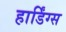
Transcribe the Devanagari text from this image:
हार्डिंग्स